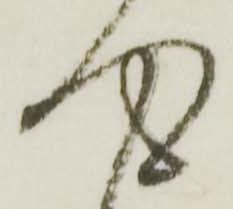
得